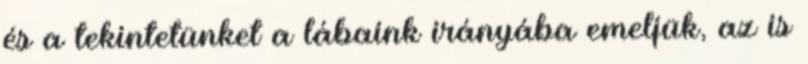
és a tekintetünket a lábaink irányába emeljük, az is